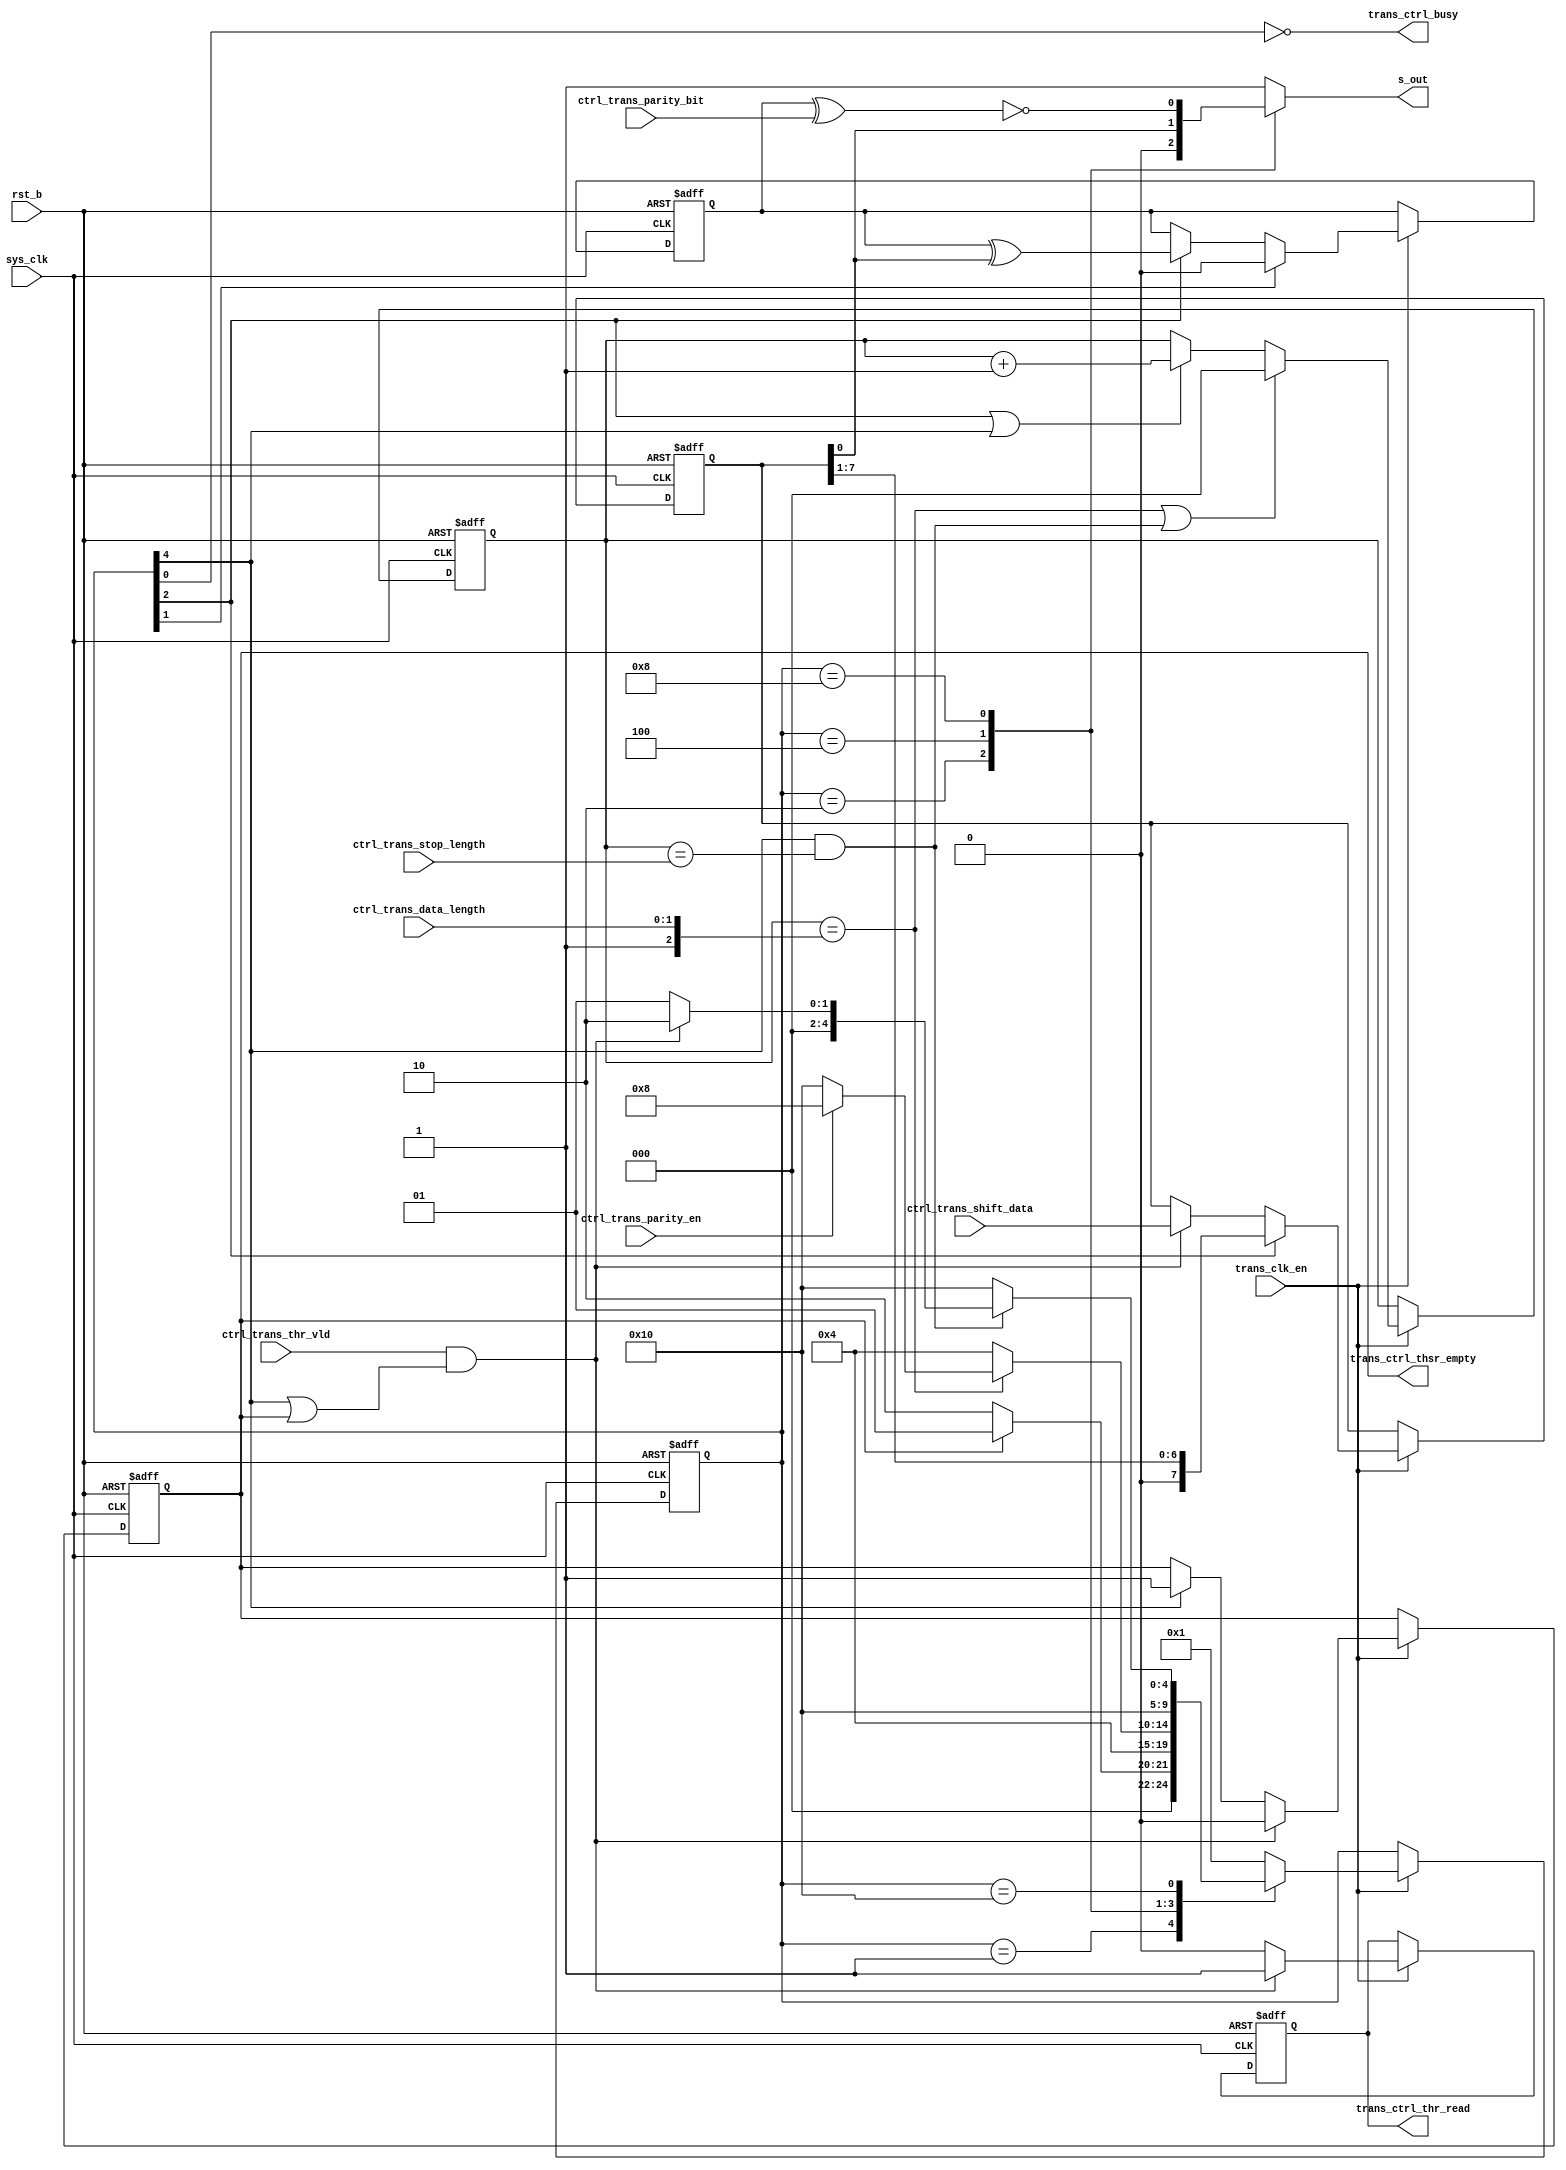
/*Copyright 2020-2021 T-Head Semiconductor Co., Ltd.

Licensed under the Apache License, Version 2.0 (the "License");
you may not use this file except in compliance with the License.
You may obtain a copy of the License at

    http://www.apache.org/licenses/LICENSE-2.0

Unless required by applicable law or agreed to in writing, software
distributed under the License is distributed on an "AS IS" BASIS,
WITHOUT WARRANTIES OR CONDITIONS OF ANY KIND, either express or implied.
See the License for the specific language governing permissions and
limitations under the License.
*/


// &ModuleBeg; @22
module uart_trans(
  ctrl_trans_data_length,
  ctrl_trans_parity_bit,
  ctrl_trans_parity_en,
  ctrl_trans_shift_data,
  ctrl_trans_stop_length,
  ctrl_trans_thr_vld,
  rst_b,
  s_out,
  sys_clk,
  trans_clk_en,
  trans_ctrl_busy,
  trans_ctrl_thr_read,
  trans_ctrl_thsr_empty
);

// &Ports; @23
input   [1:0]  ctrl_trans_data_length; 
input          ctrl_trans_parity_bit; 
input          ctrl_trans_parity_en;  
input   [7:0]  ctrl_trans_shift_data; 
input          ctrl_trans_stop_length; 
input          ctrl_trans_thr_vld;    
input          rst_b;                 
input          sys_clk;               
input          trans_clk_en;          
output         s_out;                 
output         trans_ctrl_busy;       
output         trans_ctrl_thr_read;   
output         trans_ctrl_thsr_empty; 

// &Regs; @24
reg     [2:0]  conter;                
reg     [4:0]  cur_state;             
reg     [4:0]  next_state;            
reg            parity_cout;           
reg            s_out;                 
reg            thsr_empty;            
reg            trans_ctrl_thr_read;   
reg     [7:0]  trans_shift_reg;       

// &Wires; @25
wire    [1:0]  ctrl_trans_data_length; 
wire           ctrl_trans_parity_bit; 
wire           ctrl_trans_parity_en;  
wire    [7:0]  ctrl_trans_shift_data; 
wire           ctrl_trans_stop_length; 
wire           ctrl_trans_thr_vld;    
wire           data_over;             
wire           parity_bit;            
wire           rst_b;                 
wire           stop_over;             
wire           sys_clk;               
wire           thsr_shift_over;       
wire           thsr_wen;              
wire           trans_clk_en;          
wire           trans_ctrl_busy;       
wire           trans_ctrl_thsr_empty; 
wire           trans_enable;          


parameter IDLE   = 5'b00001,
          START  = 5'b00010,
          DATA   = 5'b00100,
          PARITY = 5'b01000,
          STOP   = 5'b10000;

always@(posedge sys_clk or negedge rst_b)
begin
  if(!rst_b)
    cur_state[4:0] <= IDLE;
  else if(trans_clk_en)
    cur_state[4:0] <= next_state[4:0];
end


assign trans_enable          = !thsr_empty;

// &CombBeg; @44
always @( parity_bit
       or stop_over
       or cur_state[4:0]
       or trans_enable
       or ctrl_trans_parity_en
       or trans_shift_reg[0]
       or data_over
       or thsr_wen)
begin
s_out           = 1'b1;
next_state[4:0] = IDLE;
case(cur_state[4:0])
  IDLE: 
  begin
    if(trans_enable)
      next_state[4:0] = START;
  end  
  START:
  begin
    s_out           = 1'b0;
    next_state[4:0] = DATA;
  end
  DATA:
  begin
    s_out           =  trans_shift_reg[0];
    if(data_over)
      next_state[4:0] = ctrl_trans_parity_en ? PARITY : STOP;
    else
     next_state[4:0] = DATA;
  end
  PARITY:
  begin
    s_out           = parity_bit;
    next_state[4:0] = STOP;
  end
  STOP:
  begin
    s_out           = 1'b1;
    if(stop_over)
    begin
      if(thsr_wen)
         next_state[4:0] = START;
      else
         next_state[4:0] = IDLE;
    end
    else
      next_state[4:0] = STOP;
  end
  default: next_state[4:0] = IDLE;
endcase

// &CombEnd; @87
end

always@(posedge sys_clk or negedge rst_b)
begin
 if(!rst_b)
   conter[2:0] <= 2'b0;
 else if(trans_clk_en)
 begin
   if(data_over || stop_over)
     conter[2:0] <= 2'b0;   
   else if((cur_state[2]) ||(cur_state[4]))
     conter[2:0] <= conter[2:0] + 1'b1;
 end
end

assign data_over        = (conter[2:0] == {1'b1,ctrl_trans_data_length[1:0]});
assign stop_over        = (cur_state[4]) && (conter[2:0] == {2'b0,ctrl_trans_stop_length}); 


//==============================================================
//             generate the signal to ctrl
//==============================================================
assign trans_ctrl_busy            = !(cur_state[0]); 
//always @(posedge trans_clk or negedge rst_b)
//begin
//  if(!rst_b)
//   stop_state_latch <= 1'b0;
//  else
//   stop_state_latch <= cur_state[4];
//end
assign thsr_shift_over = cur_state[4];
//assign trans_ctrl_shiftreg_over   = thsr_shift_over;

//==============================================================
//             generate the output s_out signal 
//==============================================================
always@(posedge sys_clk or negedge rst_b)
begin
  if( !rst_b )
    trans_shift_reg[7:0] <= 8'b0;
  else if(trans_clk_en)
  begin
   if((cur_state[2]))
    trans_shift_reg[7:0] <= {1'b0,trans_shift_reg[7:1]};
   else if(thsr_wen)
     trans_shift_reg[7:0] <= ctrl_trans_shift_data[7:0];
  end
end

always@(posedge sys_clk or negedge rst_b)
begin
  if( !rst_b )
    thsr_empty <= 1'b1;
  else if(trans_clk_en)
  begin
   if( thsr_wen )
     thsr_empty <= 1'b0;
   else if(thsr_shift_over)
     thsr_empty <= 1'b1;
  end
end

assign thsr_wen = ctrl_trans_thr_vld && ( thsr_shift_over || thsr_empty);

always@(posedge sys_clk or negedge rst_b)
begin
  if( !rst_b )
    trans_ctrl_thr_read <= 1'b0;
  else if(trans_clk_en)
  begin
  if( thsr_wen )
    trans_ctrl_thr_read <= 1'b1;
  else 
    trans_ctrl_thr_read <= 1'b0;
  end
end

assign trans_ctrl_thsr_empty = thsr_empty;
always@(posedge sys_clk or negedge rst_b)
begin
  if( !rst_b )
    parity_cout <= 1'b0;
  else if(trans_clk_en)
  begin
   if(cur_state[1])
     parity_cout <= 1'b0;
   else if( (cur_state[2]))
     parity_cout  <= parity_cout ^ trans_shift_reg[0]; 
  end
end

assign parity_bit = ~(parity_cout ^ ctrl_trans_parity_bit);
  
// &ModuleEnd; @180
endmodule